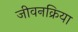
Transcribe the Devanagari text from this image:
जीवनक्रिया